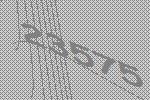
23575